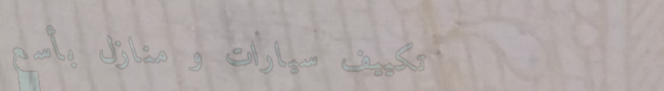
تكييف سيارات و منازل بأسع